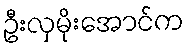
ဦးလှမိုးအောင်က